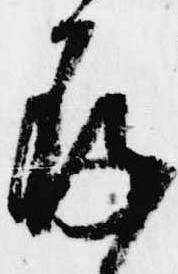
存